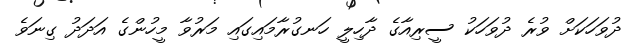
ދުވަހަކަށް ވުރެ ދުވަހަކު ސީރިއާގެ ދާހިލީ ހަނގުރާމައިގައި މަރުވާ މީހުންގެ އަދަދު ގިނަވެ